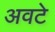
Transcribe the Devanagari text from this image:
अवटे